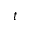
t